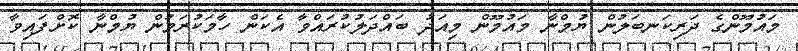
މައުމޫންގެ ދަރިކަނބަލުން ޔުމްނާ މައުމޫން މިއަދު ބައްދަލުކުރައްވާ އެކަން ހާމަކުރަމުން ޔުމްނާ ކޮށްފައިވާ